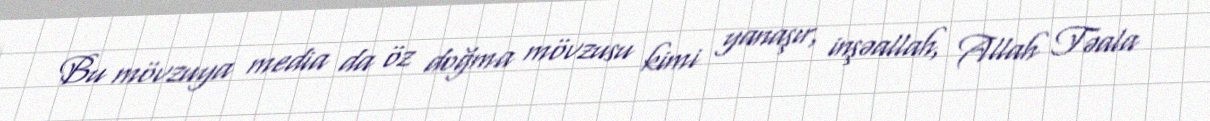
Bu mövzuya media da öz doğma mövzusu kimi yanaşır, inşəallah, Allah Təala